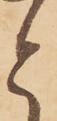
と